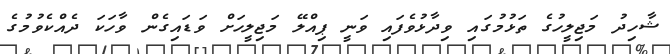
ޝާހިދު މަޖިލީހުގެ ތަޅުމުގައި ވިދާޅުވެފައި ވަނީ ޕިއްލޭ މަޖިލީހަށް ވަޑައިގެން ވާހަކަ ދެއްކެވުމުގެ